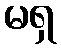
မရှ